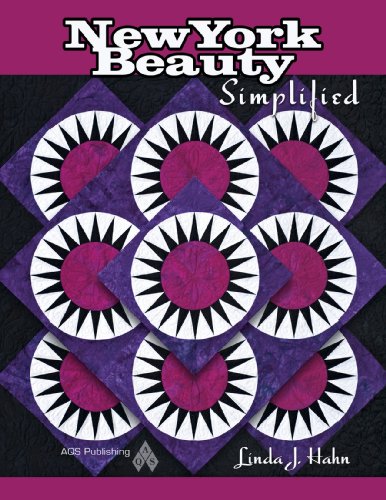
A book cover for New York Beauty Simplified; Hahn; Crafts, Hobbies & Home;